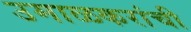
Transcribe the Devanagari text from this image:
उमाळकरांची